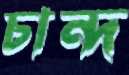
চান্দ